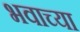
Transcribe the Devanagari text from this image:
भवाच्या